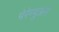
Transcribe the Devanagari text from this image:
पेरेम्पुअन